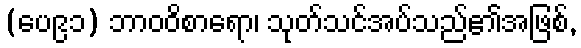
(ပေ၉၁) ဘာဝဝိစာရော၊ သုတ်သင်အပ်သည်၏အဖြစ်,